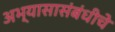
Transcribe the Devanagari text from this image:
अभ्यासासंबंधीचे